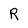
Character: R